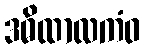
ဒဓိထာလကံဝ